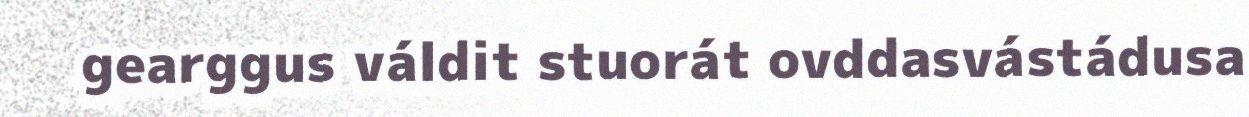
gearggus váldit stuorát ovddasvástádusa